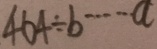
4 6 4 \div b \cdots a